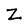
Character: Z